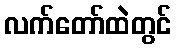
လက်တော်ထဲတွင်